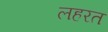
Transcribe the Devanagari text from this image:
लहरत